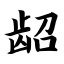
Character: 龆